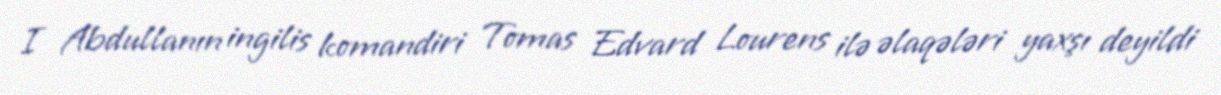
I Abdullanın ingilis komandiri Tomas Edvard Lourens ilə əlaqələri yaxşı deyildi